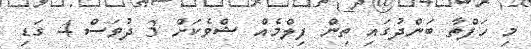
މި ހަފްތާ ބަންދުގައި ތިން ފިލްމެއް ޝްވެކަށް 3 ދުވަސް 4 ގަޑި